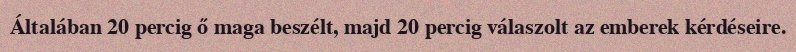
Általában 20 percig ő maga beszélt, majd 20 percig válaszolt az emberek kérdéseire.